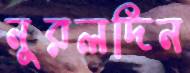
নুরলদিন